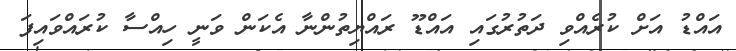
އައްޑު އަށް ކުރެއްވި ދަތުރުގައި އައްޑޫ ރައްޔިތުންނާ އެކަން ވަނީ ހިއްސާ ކުރައްވައިފަ